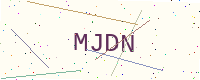
Text: MJDN